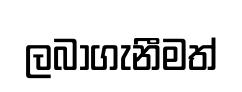
ලබාගැනීමත්